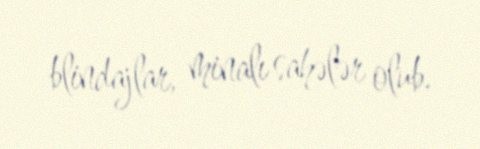
blindajlar, minalı sahələr olub.